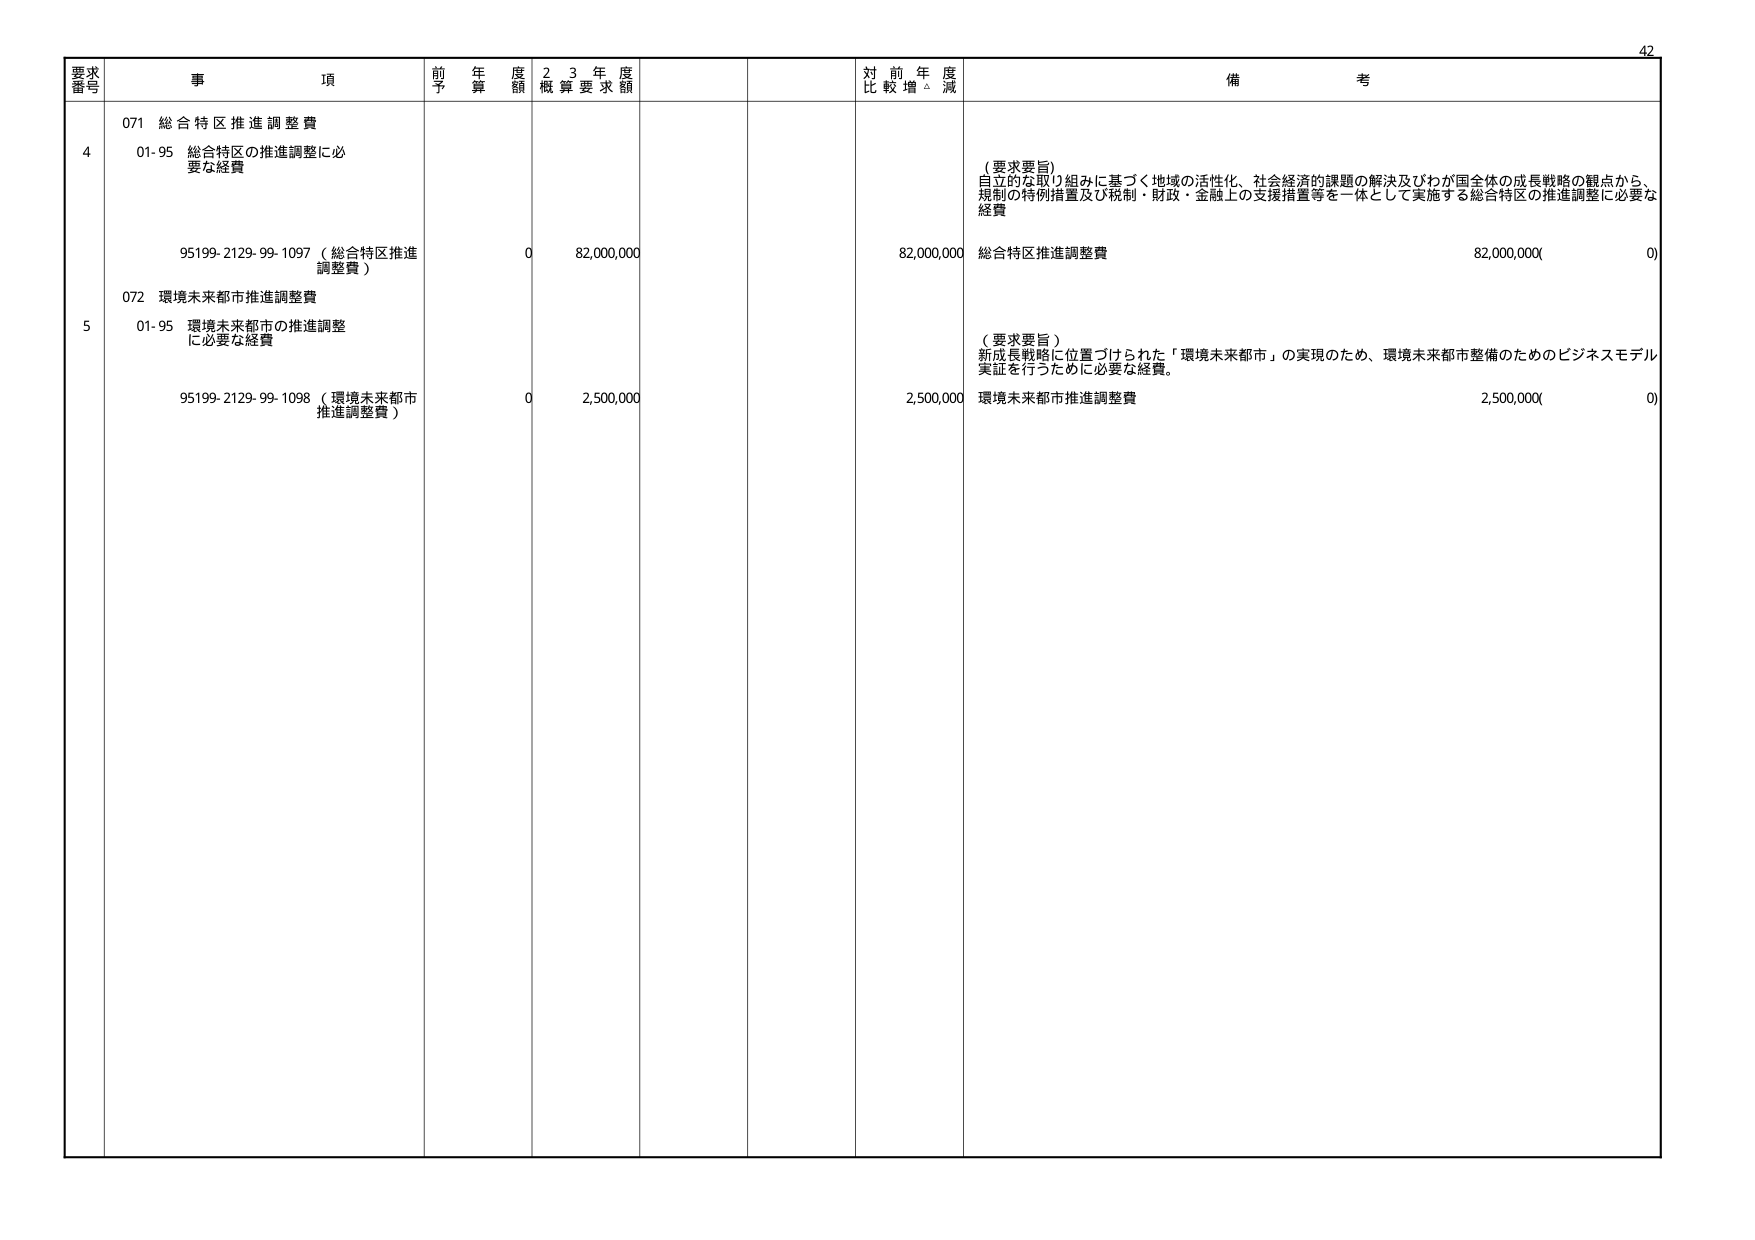
要求番号 事項 前年度予算額 23年度概算要求額 対前年度比較増減 備考
4 071 総合特区推進調整費 01-95 総合特区の推進調整に必要な経費 95199-2129-99-1097（総合特区推進調整費） 0 82,000,000 82,000,000 （要求要旨） 自立的な取り組みに基づく地域の活性化、社会経済的課題の解決及びわが国全体の成長戦略の観点から、規制の特例措置及び税制・財政・金融上の支援措置等を一体として実施する総合特区の推進調整に必要な経費 総合特区推進調整費 82,000,000(0)
5 072 環境未来都市推進調整費 01-95 環境未来都市の推進調整に必要な経費 95199-2129-99-1098（環境未来都市推進調整費） 0 2,500,000 2,500,000 （要求要旨） 新成長戦略に位置づけられた「環境未来都市」の実現のため、環境未来都市整備のためのビジネスモデル実証を行うために必要な経費。 環境未来都市推進調整費 2,500,000(0)